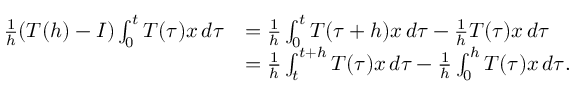
\begin{array} { r l } { \frac { 1 } { h } ( T ( h ) - I ) \int _ { 0 } ^ { t } T ( \tau ) x \, d \tau } & { = \frac { 1 } { h } \int _ { 0 } ^ { t } T ( \tau + h ) x \, d \tau - \frac { 1 } { h } T ( \tau ) x \, d \tau } \\ & { = \frac { 1 } { h } \int _ { t } ^ { t + h } T ( \tau ) x \, d \tau - \frac { 1 } { h } \int _ { 0 } ^ { h } T ( \tau ) x \, d \tau . } \end{array}